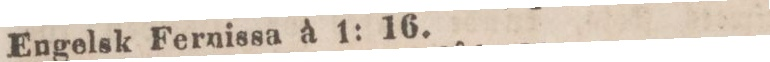
Engelsk Fernissa à 1: 16.